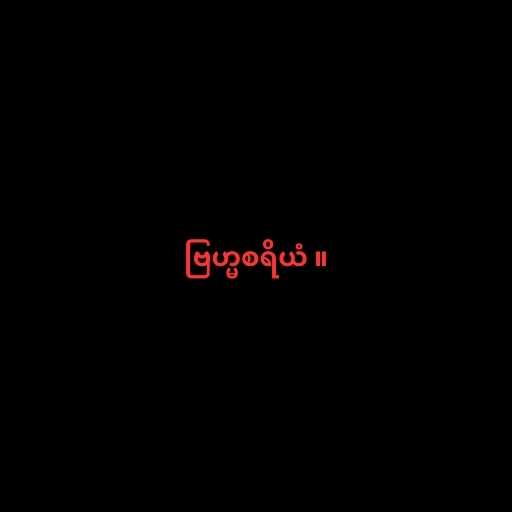
ဗြဟ္မစရိယံ ။